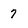
Character: 7